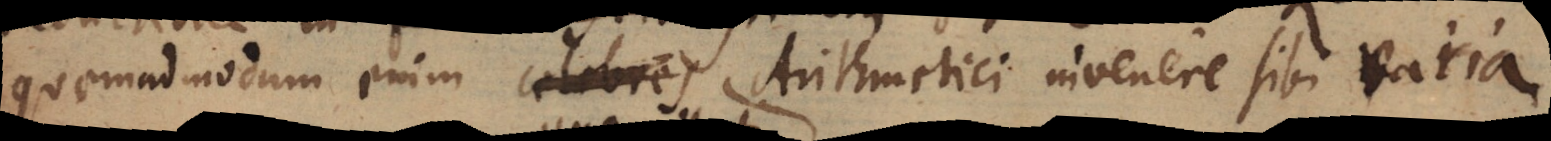
Quemadmodum enim celebres Arithmetici invenere sibi varia